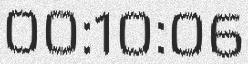
00:10:06